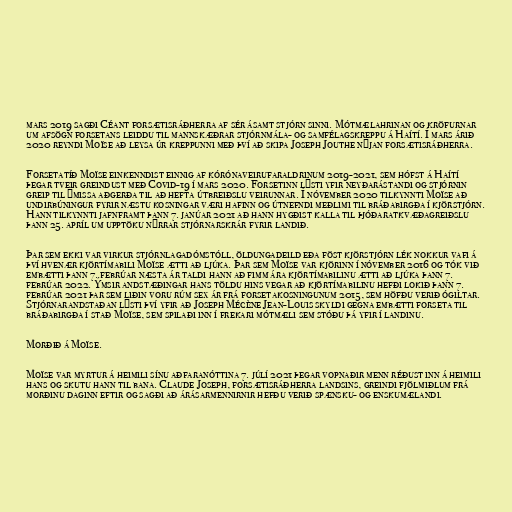
mars 2019 sagði Céant forsætisráðherra af sér ásamt stjórn sinni. Mótmælahrinan og kröfurnar
um afsögn forsetans leiddu til mannskæðrar stjórnmála- og samfélagskreppu á Haítí. Í mars árið
2020 reyndi Moïse að leysa úr kreppunni með því að skipa Joseph Jouthe nýjan forsætisráðherra.

Forsetatíð Moïse einkenndist einnig af kórónaveirufaraldrinum 2019-2021, sem hófst á Haítí
þegar tveir greindust með Covid-19 í mars 2020. Forsetinn lýsti yfir neyðarástandi og stjórnin
greip til ýmissa aðgerða til að hefta útbreiðslu veirunnar. Í nóvember 2020 tilkynnti Moïse að
undirbúningur fyrir næstu kosningar væri hafinn og útnefndi meðlimi til bráðabirgða í kjörstjórn.
Hann tilkynnti jafnframt þann 7. janúar 2021 að hann hygðist kalla til þjóðaratkvæðagreiðslu
þann 25. apríl um upptöku nýrrar stjórnarskrár fyrir landið.

Þar sem ekki var virkur stjórnlagadómstóll, öldungadeild eða föst kjörstjórn lék nokkur vafi á
því hvenær kjörtímabili Moïse ætti að ljúka. Þar sem Moïse var kjörinn í nóvember 2016 og tók við
embætti þann 7. febrúar næsta ár taldi hann að fimm ára kjörtímabilinu ætti að ljúka þann 7.
febrúar 2022. Ýmsir andstæðingar hans töldu hins vegar að kjörtímabilinu hefði lokið þann 7.
febrúar 2021 þar sem liðin voru rúm sex ár frá forsetakosningunum 2015, sem höfðu verið ógiltar.
Stjórnarandstaðan lýsti því yfir að Joseph Mécène Jean-Louis skyldi gegna embætti forseta til
bráðabirgða í stað Moïse, sem spilaði inn í frekari mótmæli sem stóðu þá yfir í landinu.

Morðið á Moïse.

Moïse var myrtur á heimili sínu aðfaranóttina 7. júlí 2021 þegar vopnaðir menn réðust inn á heimili
hans og skutu hann til bana. Clau­de Joseph, forsætisráðherra landsins, greindi fjölmiðlum frá
morðinu daginn eftir og sagði að árásarmennirnir hefðu verið spænsku- og enskumælandi.